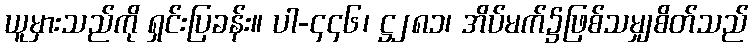
ယူမှားသည်ကို ရှင်းပြခန်း။ ပါ-၄၄၆၊ ဋ္ဌ၂၈၁၊ အိပ်မက်၌ဖြစ်သမျှစိတ်သည်